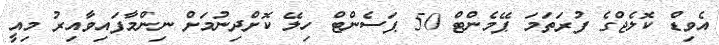
އެވިޑް ކޮލެޖްގެ ފުރަތަމަ ޕޭމެންޓް 50 ޕަސެންޓް ހިލޭ ކޮށްދިނުމަށް ނިންމާފައިވާއިރު މިއީ